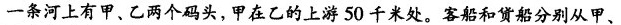
一条河上有甲、乙两个码头，甲在乙的上游50千米处。客船和货船分别从甲、